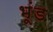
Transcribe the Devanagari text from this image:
भूंड